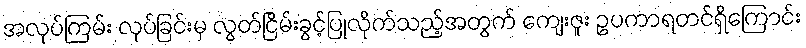
အလုပ်ကြမ်း လုပ်ခြင်းမှ လွတ်ငြိမ်းခွင့်ပြုလိုက်သည့်အတွက် ကျေးဇူး ဥပကာရတင်ရှိကြောင်း